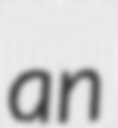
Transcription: an